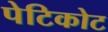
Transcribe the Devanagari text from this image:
पेटिकोट